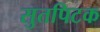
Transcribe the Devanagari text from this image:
सुतपिटक